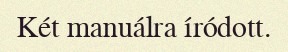
Két manuálra íródott.